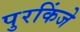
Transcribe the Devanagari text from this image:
पुरकिंजे